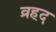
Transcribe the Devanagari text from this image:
व्रहद